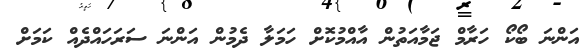
އަންނަ ބޯކޯ ހަރާމް ޖަމާއަތުން އާއްމުކޮށް ހަމަލާ ދެމުން އަންނަ ސަރަހައްދެއް ކަމަށް